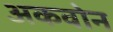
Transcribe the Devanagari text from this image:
अकवोन